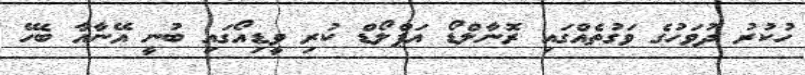
ހުކުރު ދުވަހުގެ ވަގުތެއްގައި ރޮނާލްޑޯ އަޕްލޯޑް ކުރި ވީޑިއޯގައި ބުނީ އޭނާއާ ބެހޭ